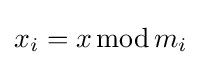
x_{i}=x\operatorname {mod} m_{i}